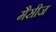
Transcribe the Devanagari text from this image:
मैसीज